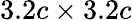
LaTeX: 3.2c\times 3.2c